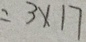
= 3 \times 1 7